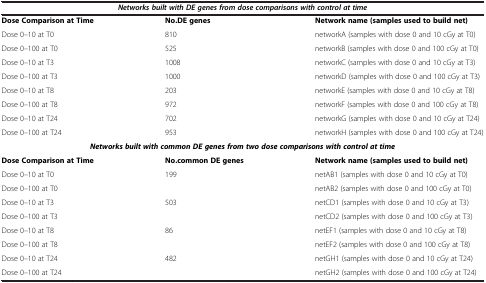
<table><thead><tr><td colspan="3"><b><i>Networks built with DE genes from dose comparisons with control at time</i></b></td></tr></thead><tbody><tr><td><b>Dose Comparison at Time</b></td><td><b>No.DE genes</b></td><td><b>Network name (samples used to build net)</b></td></tr><tr><td>Dose 0–10 at T0</td><td>810</td><td>networkA (samples with dose 0 and 10 cGy at T0)</td></tr><tr><td>Dose 0–100 at T0</td><td>525</td><td>networkB (samples with dose 0 and 100 cGy at T0)</td></tr><tr><td>Dose 0–10 at T3</td><td>1008</td><td>networkC (samples with dose 0 and 10 cGy at T3)</td></tr><tr><td>Dose 0–100 at T3</td><td>1000</td><td>networkD (samples with dose 0 and 100 cGy at T3)</td></tr><tr><td>Dose 0–10 at T8</td><td>203</td><td>networkE (samples with dose 0 and 10 cGy at T8)</td></tr><tr><td>Dose 0–100 at T8</td><td>972</td><td>networkF (samples with dose 0 and 100 cGy at T8)</td></tr><tr><td>Dose 0–10 at T24</td><td>702</td><td>networkG (samples with dose 0 and 10 cGy at T24)</td></tr><tr><td>Dose 0–100 at T24</td><td>953</td><td>networkH (samples with dose 0 and 100 cGy at T24)</td></tr><tr><td colspan="3"><b><i>Networks built with common DE genes from two dose comparisons with control at time</i></b></td></tr><tr><td><b>Dose Comparison at Time</b></td><td><b>No.common DE genes</b></td><td><b>Network name (samples used to build net)</b></td></tr><tr><td>Dose 0–10 at T0</td><td>199</td><td>netAB1 (samples with dose 0 and 10 cGy at T0)</td></tr><tr><td>Dose 0–100 at T0</td><td> </td><td>netAB2 (samples with dose 0 and 100 cGy at T0)</td></tr><tr><td>Dose 0–10 at T3</td><td>503</td><td>netCD1 (samples with dose 0 and 10 cGy at T3)</td></tr><tr><td>Dose 0–100 at T3</td><td> </td><td>netCD2 (samples with dose 0 and 100 cGy at T3)</td></tr><tr><td>Dose 0–10 at T8</td><td>86</td><td>netEF1 (samples with dose 0 and 10 cGy at T8)</td></tr><tr><td>Dose 0–100 at T8</td><td> </td><td>netEF2 (samples with dose 0 and 100 cGy at T8)</td></tr><tr><td>Dose 0–10 at T24</td><td>482</td><td>netGH1 (samples with dose 0 and 10 cGy at T24)</td></tr><tr><td>Dose 0–100 at T24</td><td> </td><td>netGH2 (samples with dose 0 and 100 cGy at T24)</td></tr></tbody></table>